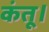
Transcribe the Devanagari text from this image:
कंतू।